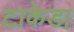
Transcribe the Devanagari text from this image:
टाकेडा